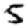
Digit: 5